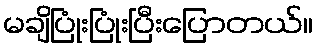
မချိပြုံးပြုံးပြီးပြောတယ်။